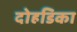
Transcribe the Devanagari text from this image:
दोहडिका